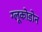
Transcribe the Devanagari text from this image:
ग्लूकोडोन